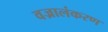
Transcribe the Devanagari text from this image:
वज्रालंकरण